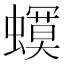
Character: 𧒳